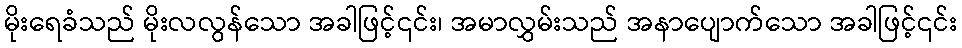
မိုးရေခံသည် မိုးလလွန်သော အခါဖြင့်၎င်း၊ အမာလွှမ်းသည် အနာပျောက်သော အခါဖြင့်၎င်း